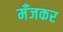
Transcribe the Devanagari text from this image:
मँजकर